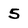
Character: 5